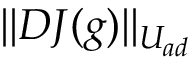
| | D J ( g ) | | _ { U _ { a d } }